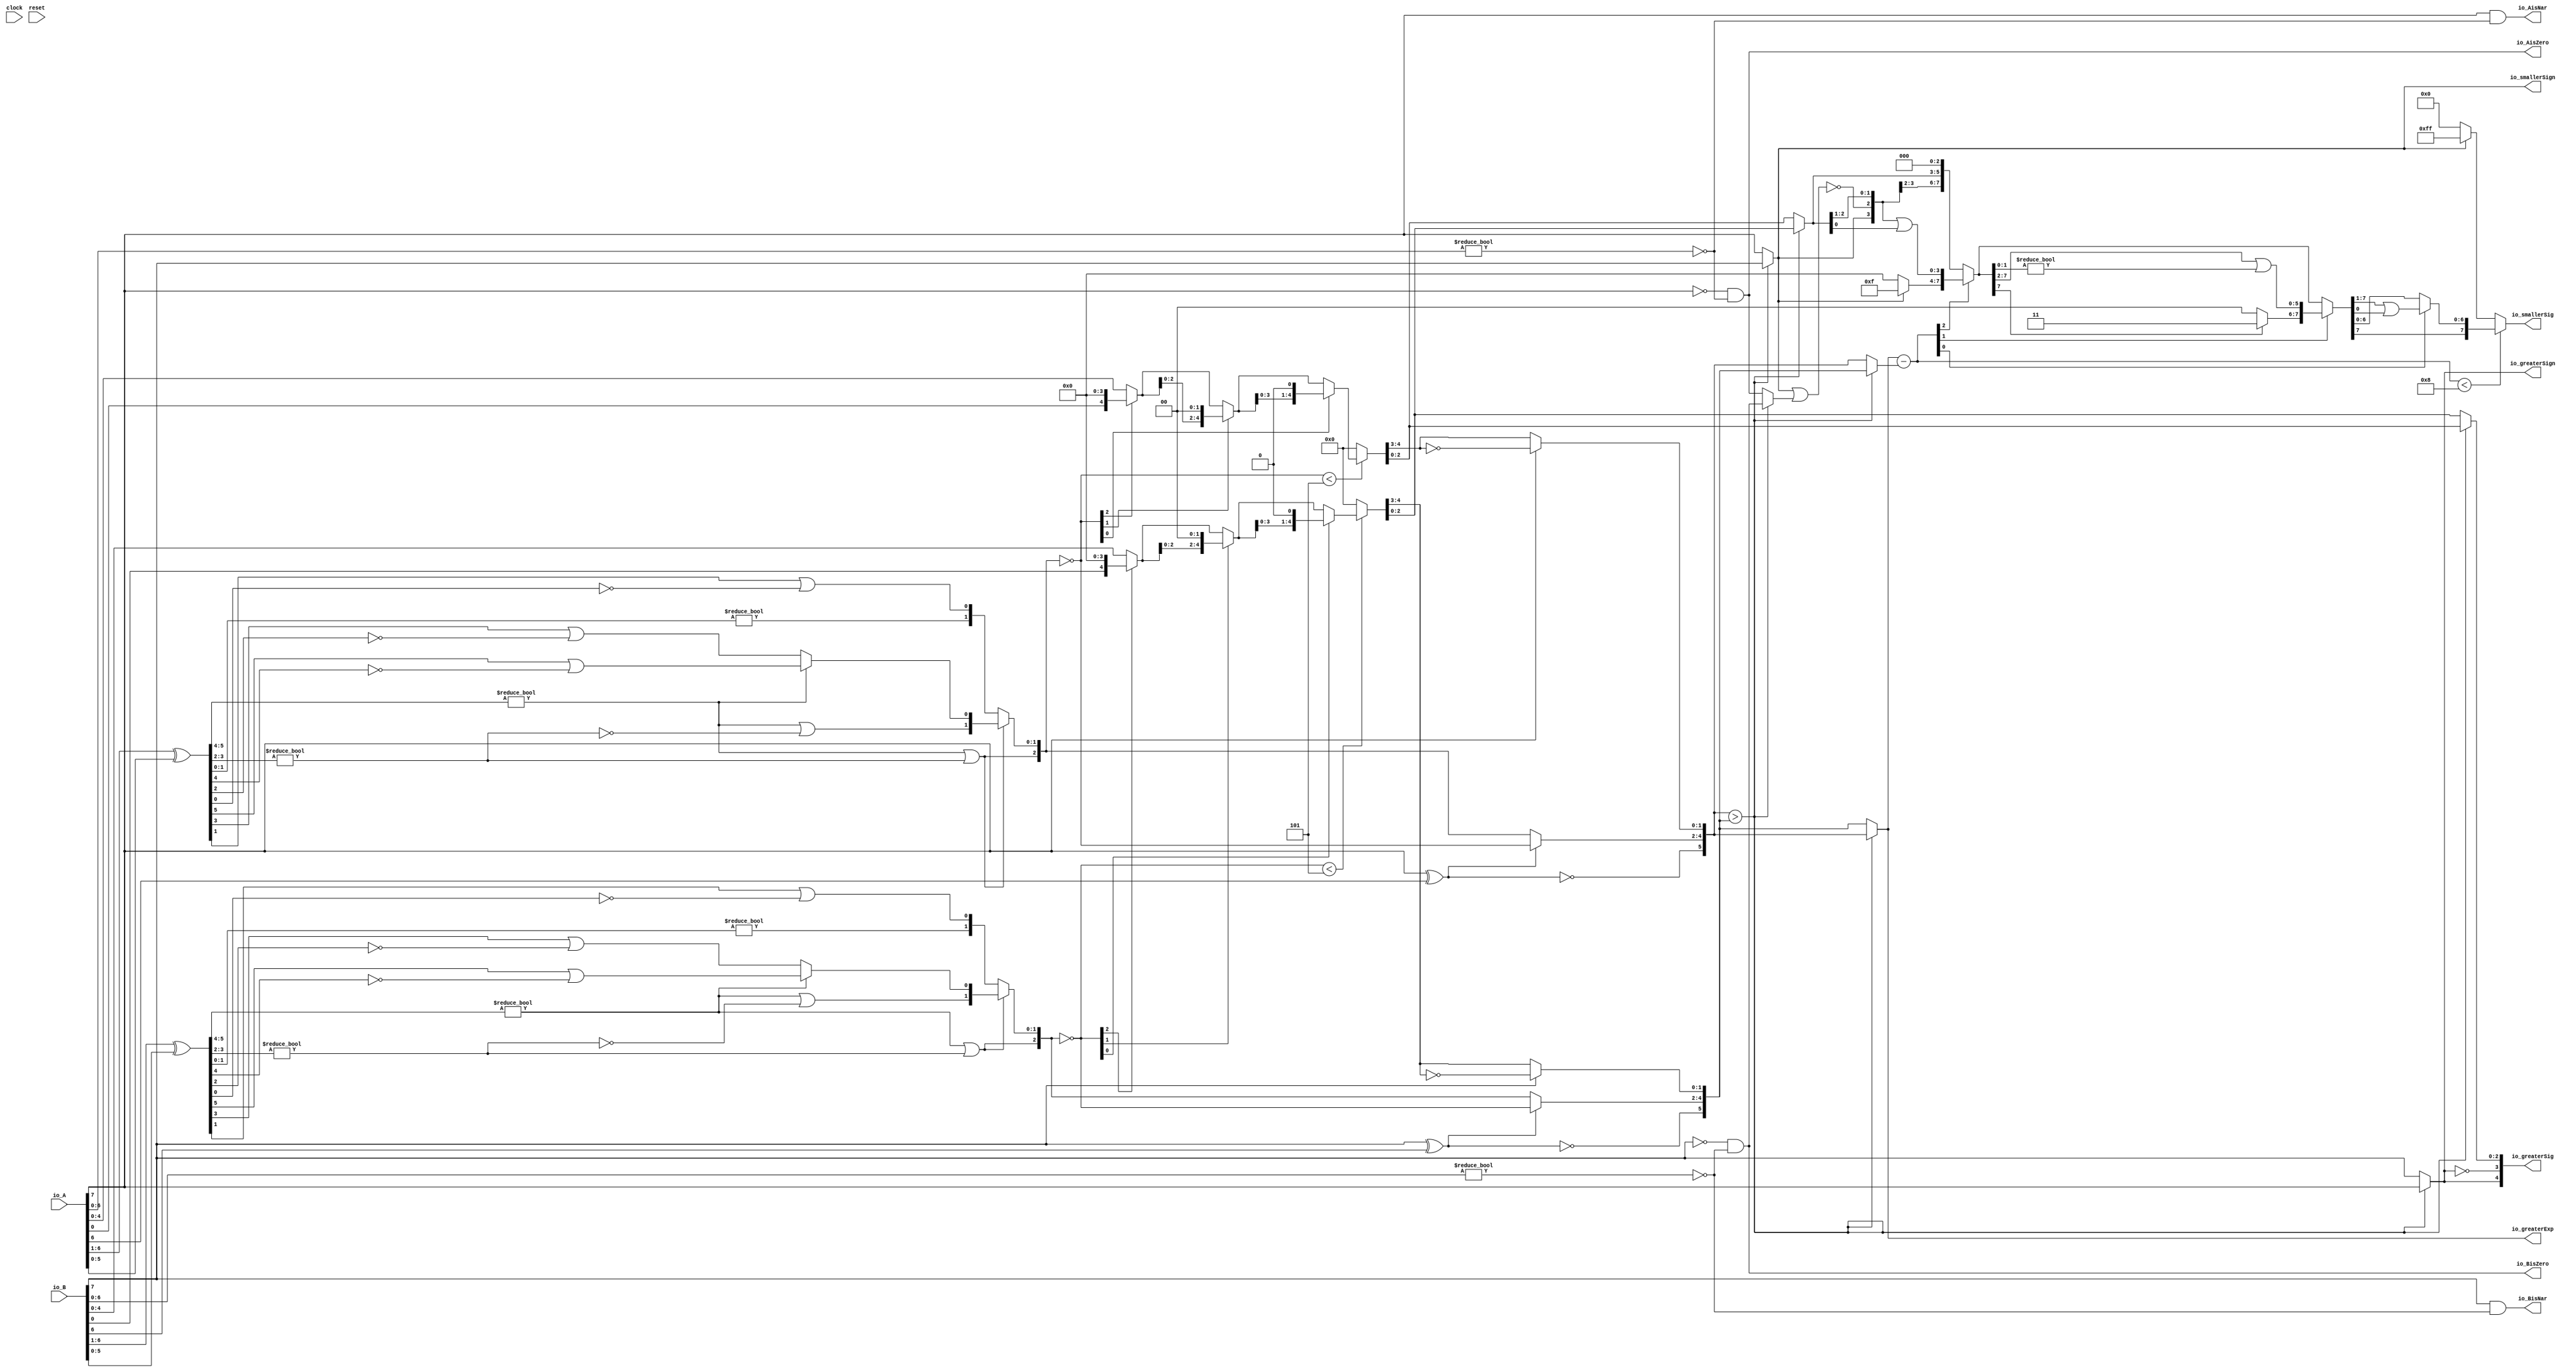
module Sig_op8_2(
  input        clock,
  input        reset,
  input  [7:0] io_A,
  input  [7:0] io_B,
  output       io_greaterSign,
  output       io_smallerSign,
  output [5:0] io_greaterExp,
  output [4:0] io_greaterSig,
  output [7:0] io_smallerSig,
  output       io_AisNar,
  output       io_BisNar,
  output       io_AisZero,
  output       io_BisZero
);
  wire  _T_1; // @[convert.scala 18:24]
  wire  _T_2; // @[convert.scala 18:40]
  wire  _T_3; // @[convert.scala 18:36]
  wire [5:0] _T_4; // @[convert.scala 19:24]
  wire [5:0] _T_5; // @[convert.scala 19:43]
  wire [5:0] _T_6; // @[convert.scala 19:39]
  wire [3:0] _T_7; // @[LZD.scala 43:32]
  wire [1:0] _T_8; // @[LZD.scala 43:32]
  wire  _T_9; // @[LZD.scala 39:14]
  wire  _T_10; // @[LZD.scala 39:21]
  wire  _T_11; // @[LZD.scala 39:30]
  wire  _T_12; // @[LZD.scala 39:27]
  wire  _T_13; // @[LZD.scala 39:25]
  wire [1:0] _T_14; // @[Cat.scala 29:58]
  wire [1:0] _T_15; // @[LZD.scala 44:32]
  wire  _T_16; // @[LZD.scala 39:14]
  wire  _T_17; // @[LZD.scala 39:21]
  wire  _T_18; // @[LZD.scala 39:30]
  wire  _T_19; // @[LZD.scala 39:27]
  wire  _T_20; // @[LZD.scala 39:25]
  wire [1:0] _T_21; // @[Cat.scala 29:58]
  wire  _T_22; // @[Shift.scala 12:21]
  wire  _T_23; // @[Shift.scala 12:21]
  wire  _T_24; // @[LZD.scala 49:16]
  wire  _T_25; // @[LZD.scala 49:27]
  wire  _T_26; // @[LZD.scala 49:25]
  wire  _T_27; // @[LZD.scala 49:47]
  wire  _T_28; // @[LZD.scala 49:59]
  wire  _T_29; // @[LZD.scala 49:35]
  wire [2:0] _T_31; // @[Cat.scala 29:58]
  wire [1:0] _T_32; // @[LZD.scala 44:32]
  wire  _T_33; // @[LZD.scala 39:14]
  wire  _T_34; // @[LZD.scala 39:21]
  wire  _T_35; // @[LZD.scala 39:30]
  wire  _T_36; // @[LZD.scala 39:27]
  wire  _T_37; // @[LZD.scala 39:25]
  wire [1:0] _T_38; // @[Cat.scala 29:58]
  wire  _T_39; // @[Shift.scala 12:21]
  wire [1:0] _T_41; // @[LZD.scala 55:32]
  wire [1:0] _T_42; // @[LZD.scala 55:20]
  wire [2:0] _T_43; // @[Cat.scala 29:58]
  wire [2:0] _T_44; // @[convert.scala 21:22]
  wire [4:0] _T_45; // @[convert.scala 22:36]
  wire  _T_46; // @[Shift.scala 16:24]
  wire  _T_48; // @[Shift.scala 12:21]
  wire  _T_49; // @[Shift.scala 64:52]
  wire [4:0] _T_51; // @[Cat.scala 29:58]
  wire [4:0] _T_52; // @[Shift.scala 64:27]
  wire [1:0] _T_53; // @[Shift.scala 66:70]
  wire  _T_54; // @[Shift.scala 12:21]
  wire [2:0] _T_55; // @[Shift.scala 64:52]
  wire [4:0] _T_57; // @[Cat.scala 29:58]
  wire [4:0] _T_58; // @[Shift.scala 64:27]
  wire  _T_59; // @[Shift.scala 66:70]
  wire [3:0] _T_61; // @[Shift.scala 64:52]
  wire [4:0] _T_62; // @[Cat.scala 29:58]
  wire [4:0] _T_63; // @[Shift.scala 64:27]
  wire [4:0] _T_64; // @[Shift.scala 16:10]
  wire [1:0] _T_65; // @[convert.scala 23:34]
  wire [2:0] decA_fraction; // @[convert.scala 24:34]
  wire  _T_67; // @[convert.scala 25:26]
  wire [2:0] _T_69; // @[convert.scala 25:42]
  wire [1:0] _T_72; // @[convert.scala 26:67]
  wire [1:0] _T_73; // @[convert.scala 26:51]
  wire [5:0] _T_74; // @[Cat.scala 29:58]
  wire [6:0] _T_76; // @[convert.scala 29:56]
  wire  _T_77; // @[convert.scala 29:60]
  wire  _T_78; // @[convert.scala 29:41]
  wire  _T_81; // @[convert.scala 30:19]
  wire  decA_isZero; // @[convert.scala 30:41]
  wire [5:0] decA_scale; // @[convert.scala 32:24]
  wire  _T_90; // @[convert.scala 18:24]
  wire  _T_91; // @[convert.scala 18:40]
  wire  _T_92; // @[convert.scala 18:36]
  wire [5:0] _T_93; // @[convert.scala 19:24]
  wire [5:0] _T_94; // @[convert.scala 19:43]
  wire [5:0] _T_95; // @[convert.scala 19:39]
  wire [3:0] _T_96; // @[LZD.scala 43:32]
  wire [1:0] _T_97; // @[LZD.scala 43:32]
  wire  _T_98; // @[LZD.scala 39:14]
  wire  _T_99; // @[LZD.scala 39:21]
  wire  _T_100; // @[LZD.scala 39:30]
  wire  _T_101; // @[LZD.scala 39:27]
  wire  _T_102; // @[LZD.scala 39:25]
  wire [1:0] _T_103; // @[Cat.scala 29:58]
  wire [1:0] _T_104; // @[LZD.scala 44:32]
  wire  _T_105; // @[LZD.scala 39:14]
  wire  _T_106; // @[LZD.scala 39:21]
  wire  _T_107; // @[LZD.scala 39:30]
  wire  _T_108; // @[LZD.scala 39:27]
  wire  _T_109; // @[LZD.scala 39:25]
  wire [1:0] _T_110; // @[Cat.scala 29:58]
  wire  _T_111; // @[Shift.scala 12:21]
  wire  _T_112; // @[Shift.scala 12:21]
  wire  _T_113; // @[LZD.scala 49:16]
  wire  _T_114; // @[LZD.scala 49:27]
  wire  _T_115; // @[LZD.scala 49:25]
  wire  _T_116; // @[LZD.scala 49:47]
  wire  _T_117; // @[LZD.scala 49:59]
  wire  _T_118; // @[LZD.scala 49:35]
  wire [2:0] _T_120; // @[Cat.scala 29:58]
  wire [1:0] _T_121; // @[LZD.scala 44:32]
  wire  _T_122; // @[LZD.scala 39:14]
  wire  _T_123; // @[LZD.scala 39:21]
  wire  _T_124; // @[LZD.scala 39:30]
  wire  _T_125; // @[LZD.scala 39:27]
  wire  _T_126; // @[LZD.scala 39:25]
  wire [1:0] _T_127; // @[Cat.scala 29:58]
  wire  _T_128; // @[Shift.scala 12:21]
  wire [1:0] _T_130; // @[LZD.scala 55:32]
  wire [1:0] _T_131; // @[LZD.scala 55:20]
  wire [2:0] _T_132; // @[Cat.scala 29:58]
  wire [2:0] _T_133; // @[convert.scala 21:22]
  wire [4:0] _T_134; // @[convert.scala 22:36]
  wire  _T_135; // @[Shift.scala 16:24]
  wire  _T_137; // @[Shift.scala 12:21]
  wire  _T_138; // @[Shift.scala 64:52]
  wire [4:0] _T_140; // @[Cat.scala 29:58]
  wire [4:0] _T_141; // @[Shift.scala 64:27]
  wire [1:0] _T_142; // @[Shift.scala 66:70]
  wire  _T_143; // @[Shift.scala 12:21]
  wire [2:0] _T_144; // @[Shift.scala 64:52]
  wire [4:0] _T_146; // @[Cat.scala 29:58]
  wire [4:0] _T_147; // @[Shift.scala 64:27]
  wire  _T_148; // @[Shift.scala 66:70]
  wire [3:0] _T_150; // @[Shift.scala 64:52]
  wire [4:0] _T_151; // @[Cat.scala 29:58]
  wire [4:0] _T_152; // @[Shift.scala 64:27]
  wire [4:0] _T_153; // @[Shift.scala 16:10]
  wire [1:0] _T_154; // @[convert.scala 23:34]
  wire [2:0] decB_fraction; // @[convert.scala 24:34]
  wire  _T_156; // @[convert.scala 25:26]
  wire [2:0] _T_158; // @[convert.scala 25:42]
  wire [1:0] _T_161; // @[convert.scala 26:67]
  wire [1:0] _T_162; // @[convert.scala 26:51]
  wire [5:0] _T_163; // @[Cat.scala 29:58]
  wire [6:0] _T_165; // @[convert.scala 29:56]
  wire  _T_166; // @[convert.scala 29:60]
  wire  _T_167; // @[convert.scala 29:41]
  wire  _T_170; // @[convert.scala 30:19]
  wire  decB_isZero; // @[convert.scala 30:41]
  wire [5:0] decB_scale; // @[convert.scala 32:24]
  wire  aGTb; // @[Sig_op.scala 38:32]
  wire [5:0] smallerExp; // @[Sig_op.scala 42:24]
  wire [2:0] greaterFrac; // @[Sig_op.scala 43:24]
  wire [2:0] smallerFrac; // @[Sig_op.scala 44:24]
  wire  smallerZero; // @[Sig_op.scala 45:24]
  wire [5:0] _T_182; // @[Sig_op.scala 46:35]
  wire [5:0] scale_diff; // @[Sig_op.scala 46:35]
  wire  _T_183; // @[Sig_op.scala 51:53]
  wire  _T_184; // @[Sig_op.scala 51:36]
  wire [7:0] _T_187; // @[Cat.scala 29:58]
  wire [5:0] _T_188; // @[Sig_op.scala 51:124]
  wire  _T_189; // @[Shift.scala 39:24]
  wire [2:0] _T_190; // @[Shift.scala 40:44]
  wire [3:0] _T_191; // @[Shift.scala 90:30]
  wire [3:0] _T_192; // @[Shift.scala 90:48]
  wire  _T_193; // @[Shift.scala 90:57]
  wire [3:0] _GEN_0; // @[Shift.scala 90:39]
  wire [3:0] _T_194; // @[Shift.scala 90:39]
  wire  _T_195; // @[Shift.scala 12:21]
  wire  _T_196; // @[Shift.scala 12:21]
  wire [3:0] _T_198; // @[Bitwise.scala 71:12]
  wire [7:0] _T_199; // @[Cat.scala 29:58]
  wire [7:0] _T_200; // @[Shift.scala 91:22]
  wire [1:0] _T_201; // @[Shift.scala 92:77]
  wire [5:0] _T_202; // @[Shift.scala 90:30]
  wire [1:0] _T_203; // @[Shift.scala 90:48]
  wire  _T_204; // @[Shift.scala 90:57]
  wire [5:0] _GEN_1; // @[Shift.scala 90:39]
  wire [5:0] _T_205; // @[Shift.scala 90:39]
  wire  _T_206; // @[Shift.scala 12:21]
  wire  _T_207; // @[Shift.scala 12:21]
  wire [1:0] _T_209; // @[Bitwise.scala 71:12]
  wire [7:0] _T_210; // @[Cat.scala 29:58]
  wire [7:0] _T_211; // @[Shift.scala 91:22]
  wire  _T_212; // @[Shift.scala 92:77]
  wire [6:0] _T_213; // @[Shift.scala 90:30]
  wire  _T_214; // @[Shift.scala 90:48]
  wire [6:0] _GEN_2; // @[Shift.scala 90:39]
  wire [6:0] _T_216; // @[Shift.scala 90:39]
  wire  _T_218; // @[Shift.scala 12:21]
  wire [7:0] _T_219; // @[Cat.scala 29:58]
  wire [7:0] _T_220; // @[Shift.scala 91:22]
  wire [7:0] _T_223; // @[Bitwise.scala 71:12]
  wire  _T_224; // @[Sig_op.scala 57:40]
  wire [1:0] _T_225; // @[Cat.scala 29:58]
  assign _T_1 = io_A[7]; // @[convert.scala 18:24]
  assign _T_2 = io_A[6]; // @[convert.scala 18:40]
  assign _T_3 = _T_1 ^ _T_2; // @[convert.scala 18:36]
  assign _T_4 = io_A[6:1]; // @[convert.scala 19:24]
  assign _T_5 = io_A[5:0]; // @[convert.scala 19:43]
  assign _T_6 = _T_4 ^ _T_5; // @[convert.scala 19:39]
  assign _T_7 = _T_6[5:2]; // @[LZD.scala 43:32]
  assign _T_8 = _T_7[3:2]; // @[LZD.scala 43:32]
  assign _T_9 = _T_8 != 2'h0; // @[LZD.scala 39:14]
  assign _T_10 = _T_8[1]; // @[LZD.scala 39:21]
  assign _T_11 = _T_8[0]; // @[LZD.scala 39:30]
  assign _T_12 = ~ _T_11; // @[LZD.scala 39:27]
  assign _T_13 = _T_10 | _T_12; // @[LZD.scala 39:25]
  assign _T_14 = {_T_9,_T_13}; // @[Cat.scala 29:58]
  assign _T_15 = _T_7[1:0]; // @[LZD.scala 44:32]
  assign _T_16 = _T_15 != 2'h0; // @[LZD.scala 39:14]
  assign _T_17 = _T_15[1]; // @[LZD.scala 39:21]
  assign _T_18 = _T_15[0]; // @[LZD.scala 39:30]
  assign _T_19 = ~ _T_18; // @[LZD.scala 39:27]
  assign _T_20 = _T_17 | _T_19; // @[LZD.scala 39:25]
  assign _T_21 = {_T_16,_T_20}; // @[Cat.scala 29:58]
  assign _T_22 = _T_14[1]; // @[Shift.scala 12:21]
  assign _T_23 = _T_21[1]; // @[Shift.scala 12:21]
  assign _T_24 = _T_22 | _T_23; // @[LZD.scala 49:16]
  assign _T_25 = ~ _T_23; // @[LZD.scala 49:27]
  assign _T_26 = _T_22 | _T_25; // @[LZD.scala 49:25]
  assign _T_27 = _T_14[0:0]; // @[LZD.scala 49:47]
  assign _T_28 = _T_21[0:0]; // @[LZD.scala 49:59]
  assign _T_29 = _T_22 ? _T_27 : _T_28; // @[LZD.scala 49:35]
  assign _T_31 = {_T_24,_T_26,_T_29}; // @[Cat.scala 29:58]
  assign _T_32 = _T_6[1:0]; // @[LZD.scala 44:32]
  assign _T_33 = _T_32 != 2'h0; // @[LZD.scala 39:14]
  assign _T_34 = _T_32[1]; // @[LZD.scala 39:21]
  assign _T_35 = _T_32[0]; // @[LZD.scala 39:30]
  assign _T_36 = ~ _T_35; // @[LZD.scala 39:27]
  assign _T_37 = _T_34 | _T_36; // @[LZD.scala 39:25]
  assign _T_38 = {_T_33,_T_37}; // @[Cat.scala 29:58]
  assign _T_39 = _T_31[2]; // @[Shift.scala 12:21]
  assign _T_41 = _T_31[1:0]; // @[LZD.scala 55:32]
  assign _T_42 = _T_39 ? _T_41 : _T_38; // @[LZD.scala 55:20]
  assign _T_43 = {_T_39,_T_42}; // @[Cat.scala 29:58]
  assign _T_44 = ~ _T_43; // @[convert.scala 21:22]
  assign _T_45 = io_A[4:0]; // @[convert.scala 22:36]
  assign _T_46 = _T_44 < 3'h5; // @[Shift.scala 16:24]
  assign _T_48 = _T_44[2]; // @[Shift.scala 12:21]
  assign _T_49 = _T_45[0:0]; // @[Shift.scala 64:52]
  assign _T_51 = {_T_49,4'h0}; // @[Cat.scala 29:58]
  assign _T_52 = _T_48 ? _T_51 : _T_45; // @[Shift.scala 64:27]
  assign _T_53 = _T_44[1:0]; // @[Shift.scala 66:70]
  assign _T_54 = _T_53[1]; // @[Shift.scala 12:21]
  assign _T_55 = _T_52[2:0]; // @[Shift.scala 64:52]
  assign _T_57 = {_T_55,2'h0}; // @[Cat.scala 29:58]
  assign _T_58 = _T_54 ? _T_57 : _T_52; // @[Shift.scala 64:27]
  assign _T_59 = _T_53[0:0]; // @[Shift.scala 66:70]
  assign _T_61 = _T_58[3:0]; // @[Shift.scala 64:52]
  assign _T_62 = {_T_61,1'h0}; // @[Cat.scala 29:58]
  assign _T_63 = _T_59 ? _T_62 : _T_58; // @[Shift.scala 64:27]
  assign _T_64 = _T_46 ? _T_63 : 5'h0; // @[Shift.scala 16:10]
  assign _T_65 = _T_64[4:3]; // @[convert.scala 23:34]
  assign decA_fraction = _T_64[2:0]; // @[convert.scala 24:34]
  assign _T_67 = _T_3 == 1'h0; // @[convert.scala 25:26]
  assign _T_69 = _T_3 ? _T_44 : _T_43; // @[convert.scala 25:42]
  assign _T_72 = ~ _T_65; // @[convert.scala 26:67]
  assign _T_73 = _T_1 ? _T_72 : _T_65; // @[convert.scala 26:51]
  assign _T_74 = {_T_67,_T_69,_T_73}; // @[Cat.scala 29:58]
  assign _T_76 = io_A[6:0]; // @[convert.scala 29:56]
  assign _T_77 = _T_76 != 7'h0; // @[convert.scala 29:60]
  assign _T_78 = ~ _T_77; // @[convert.scala 29:41]
  assign _T_81 = _T_1 == 1'h0; // @[convert.scala 30:19]
  assign decA_isZero = _T_81 & _T_78; // @[convert.scala 30:41]
  assign decA_scale = $signed(_T_74); // @[convert.scala 32:24]
  assign _T_90 = io_B[7]; // @[convert.scala 18:24]
  assign _T_91 = io_B[6]; // @[convert.scala 18:40]
  assign _T_92 = _T_90 ^ _T_91; // @[convert.scala 18:36]
  assign _T_93 = io_B[6:1]; // @[convert.scala 19:24]
  assign _T_94 = io_B[5:0]; // @[convert.scala 19:43]
  assign _T_95 = _T_93 ^ _T_94; // @[convert.scala 19:39]
  assign _T_96 = _T_95[5:2]; // @[LZD.scala 43:32]
  assign _T_97 = _T_96[3:2]; // @[LZD.scala 43:32]
  assign _T_98 = _T_97 != 2'h0; // @[LZD.scala 39:14]
  assign _T_99 = _T_97[1]; // @[LZD.scala 39:21]
  assign _T_100 = _T_97[0]; // @[LZD.scala 39:30]
  assign _T_101 = ~ _T_100; // @[LZD.scala 39:27]
  assign _T_102 = _T_99 | _T_101; // @[LZD.scala 39:25]
  assign _T_103 = {_T_98,_T_102}; // @[Cat.scala 29:58]
  assign _T_104 = _T_96[1:0]; // @[LZD.scala 44:32]
  assign _T_105 = _T_104 != 2'h0; // @[LZD.scala 39:14]
  assign _T_106 = _T_104[1]; // @[LZD.scala 39:21]
  assign _T_107 = _T_104[0]; // @[LZD.scala 39:30]
  assign _T_108 = ~ _T_107; // @[LZD.scala 39:27]
  assign _T_109 = _T_106 | _T_108; // @[LZD.scala 39:25]
  assign _T_110 = {_T_105,_T_109}; // @[Cat.scala 29:58]
  assign _T_111 = _T_103[1]; // @[Shift.scala 12:21]
  assign _T_112 = _T_110[1]; // @[Shift.scala 12:21]
  assign _T_113 = _T_111 | _T_112; // @[LZD.scala 49:16]
  assign _T_114 = ~ _T_112; // @[LZD.scala 49:27]
  assign _T_115 = _T_111 | _T_114; // @[LZD.scala 49:25]
  assign _T_116 = _T_103[0:0]; // @[LZD.scala 49:47]
  assign _T_117 = _T_110[0:0]; // @[LZD.scala 49:59]
  assign _T_118 = _T_111 ? _T_116 : _T_117; // @[LZD.scala 49:35]
  assign _T_120 = {_T_113,_T_115,_T_118}; // @[Cat.scala 29:58]
  assign _T_121 = _T_95[1:0]; // @[LZD.scala 44:32]
  assign _T_122 = _T_121 != 2'h0; // @[LZD.scala 39:14]
  assign _T_123 = _T_121[1]; // @[LZD.scala 39:21]
  assign _T_124 = _T_121[0]; // @[LZD.scala 39:30]
  assign _T_125 = ~ _T_124; // @[LZD.scala 39:27]
  assign _T_126 = _T_123 | _T_125; // @[LZD.scala 39:25]
  assign _T_127 = {_T_122,_T_126}; // @[Cat.scala 29:58]
  assign _T_128 = _T_120[2]; // @[Shift.scala 12:21]
  assign _T_130 = _T_120[1:0]; // @[LZD.scala 55:32]
  assign _T_131 = _T_128 ? _T_130 : _T_127; // @[LZD.scala 55:20]
  assign _T_132 = {_T_128,_T_131}; // @[Cat.scala 29:58]
  assign _T_133 = ~ _T_132; // @[convert.scala 21:22]
  assign _T_134 = io_B[4:0]; // @[convert.scala 22:36]
  assign _T_135 = _T_133 < 3'h5; // @[Shift.scala 16:24]
  assign _T_137 = _T_133[2]; // @[Shift.scala 12:21]
  assign _T_138 = _T_134[0:0]; // @[Shift.scala 64:52]
  assign _T_140 = {_T_138,4'h0}; // @[Cat.scala 29:58]
  assign _T_141 = _T_137 ? _T_140 : _T_134; // @[Shift.scala 64:27]
  assign _T_142 = _T_133[1:0]; // @[Shift.scala 66:70]
  assign _T_143 = _T_142[1]; // @[Shift.scala 12:21]
  assign _T_144 = _T_141[2:0]; // @[Shift.scala 64:52]
  assign _T_146 = {_T_144,2'h0}; // @[Cat.scala 29:58]
  assign _T_147 = _T_143 ? _T_146 : _T_141; // @[Shift.scala 64:27]
  assign _T_148 = _T_142[0:0]; // @[Shift.scala 66:70]
  assign _T_150 = _T_147[3:0]; // @[Shift.scala 64:52]
  assign _T_151 = {_T_150,1'h0}; // @[Cat.scala 29:58]
  assign _T_152 = _T_148 ? _T_151 : _T_147; // @[Shift.scala 64:27]
  assign _T_153 = _T_135 ? _T_152 : 5'h0; // @[Shift.scala 16:10]
  assign _T_154 = _T_153[4:3]; // @[convert.scala 23:34]
  assign decB_fraction = _T_153[2:0]; // @[convert.scala 24:34]
  assign _T_156 = _T_92 == 1'h0; // @[convert.scala 25:26]
  assign _T_158 = _T_92 ? _T_133 : _T_132; // @[convert.scala 25:42]
  assign _T_161 = ~ _T_154; // @[convert.scala 26:67]
  assign _T_162 = _T_90 ? _T_161 : _T_154; // @[convert.scala 26:51]
  assign _T_163 = {_T_156,_T_158,_T_162}; // @[Cat.scala 29:58]
  assign _T_165 = io_B[6:0]; // @[convert.scala 29:56]
  assign _T_166 = _T_165 != 7'h0; // @[convert.scala 29:60]
  assign _T_167 = ~ _T_166; // @[convert.scala 29:41]
  assign _T_170 = _T_90 == 1'h0; // @[convert.scala 30:19]
  assign decB_isZero = _T_170 & _T_167; // @[convert.scala 30:41]
  assign decB_scale = $signed(_T_163); // @[convert.scala 32:24]
  assign aGTb = $signed(decA_scale) > $signed(decB_scale); // @[Sig_op.scala 38:32]
  assign smallerExp = aGTb ? $signed(decB_scale) : $signed(decA_scale); // @[Sig_op.scala 42:24]
  assign greaterFrac = aGTb ? decA_fraction : decB_fraction; // @[Sig_op.scala 43:24]
  assign smallerFrac = aGTb ? decB_fraction : decA_fraction; // @[Sig_op.scala 44:24]
  assign smallerZero = aGTb ? decB_isZero : decA_isZero; // @[Sig_op.scala 45:24]
  assign _T_182 = $signed(io_greaterExp) - $signed(smallerExp); // @[Sig_op.scala 46:35]
  assign scale_diff = $signed(_T_182); // @[Sig_op.scala 46:35]
  assign _T_183 = io_smallerSign | smallerZero; // @[Sig_op.scala 51:53]
  assign _T_184 = ~ _T_183; // @[Sig_op.scala 51:36]
  assign _T_187 = {io_smallerSign,_T_184,smallerFrac,3'h0}; // @[Cat.scala 29:58]
  assign _T_188 = $unsigned(scale_diff); // @[Sig_op.scala 51:124]
  assign _T_189 = _T_188 < 6'h8; // @[Shift.scala 39:24]
  assign _T_190 = _T_188[2:0]; // @[Shift.scala 40:44]
  assign _T_191 = _T_187[7:4]; // @[Shift.scala 90:30]
  assign _T_192 = _T_187[3:0]; // @[Shift.scala 90:48]
  assign _T_193 = _T_192 != 4'h0; // @[Shift.scala 90:57]
  assign _GEN_0 = {{3'd0}, _T_193}; // @[Shift.scala 90:39]
  assign _T_194 = _T_191 | _GEN_0; // @[Shift.scala 90:39]
  assign _T_195 = _T_190[2]; // @[Shift.scala 12:21]
  assign _T_196 = _T_187[7]; // @[Shift.scala 12:21]
  assign _T_198 = _T_196 ? 4'hf : 4'h0; // @[Bitwise.scala 71:12]
  assign _T_199 = {_T_198,_T_194}; // @[Cat.scala 29:58]
  assign _T_200 = _T_195 ? _T_199 : _T_187; // @[Shift.scala 91:22]
  assign _T_201 = _T_190[1:0]; // @[Shift.scala 92:77]
  assign _T_202 = _T_200[7:2]; // @[Shift.scala 90:30]
  assign _T_203 = _T_200[1:0]; // @[Shift.scala 90:48]
  assign _T_204 = _T_203 != 2'h0; // @[Shift.scala 90:57]
  assign _GEN_1 = {{5'd0}, _T_204}; // @[Shift.scala 90:39]
  assign _T_205 = _T_202 | _GEN_1; // @[Shift.scala 90:39]
  assign _T_206 = _T_201[1]; // @[Shift.scala 12:21]
  assign _T_207 = _T_200[7]; // @[Shift.scala 12:21]
  assign _T_209 = _T_207 ? 2'h3 : 2'h0; // @[Bitwise.scala 71:12]
  assign _T_210 = {_T_209,_T_205}; // @[Cat.scala 29:58]
  assign _T_211 = _T_206 ? _T_210 : _T_200; // @[Shift.scala 91:22]
  assign _T_212 = _T_201[0:0]; // @[Shift.scala 92:77]
  assign _T_213 = _T_211[7:1]; // @[Shift.scala 90:30]
  assign _T_214 = _T_211[0:0]; // @[Shift.scala 90:48]
  assign _GEN_2 = {{6'd0}, _T_214}; // @[Shift.scala 90:39]
  assign _T_216 = _T_213 | _GEN_2; // @[Shift.scala 90:39]
  assign _T_218 = _T_211[7]; // @[Shift.scala 12:21]
  assign _T_219 = {_T_218,_T_216}; // @[Cat.scala 29:58]
  assign _T_220 = _T_212 ? _T_219 : _T_211; // @[Shift.scala 91:22]
  assign _T_223 = _T_196 ? 8'hff : 8'h0; // @[Bitwise.scala 71:12]
  assign _T_224 = ~ io_greaterSign; // @[Sig_op.scala 57:40]
  assign _T_225 = {io_greaterSign,_T_224}; // @[Cat.scala 29:58]
  assign io_greaterSign = aGTb ? _T_1 : _T_90; // @[Sig_op.scala 39:18]
  assign io_smallerSign = aGTb ? _T_90 : _T_1; // @[Sig_op.scala 40:18]
  assign io_greaterExp = aGTb ? $signed(decA_scale) : $signed(decB_scale); // @[Sig_op.scala 41:18]
  assign io_greaterSig = {_T_225,greaterFrac}; // @[Sig_op.scala 57:17]
  assign io_smallerSig = _T_189 ? _T_220 : _T_223; // @[Sig_op.scala 52:17]
  assign io_AisNar = _T_1 & _T_78; // @[Sig_op.scala 47:13]
  assign io_BisNar = _T_90 & _T_167; // @[Sig_op.scala 48:13]
  assign io_AisZero = _T_81 & _T_78; // @[Sig_op.scala 49:14]
  assign io_BisZero = _T_170 & _T_167; // @[Sig_op.scala 50:14]
endmodule